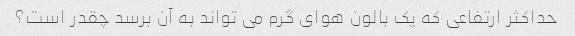
حداکثر ارتفاعی که یک بالون هوای گرم می تواند به آن برسد چقدر است؟